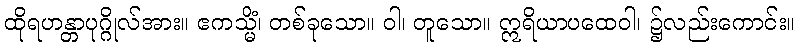
ထိုရဟန္တာပုဂ္ဂိုလ်အား။ ဧကသ္မိံ၊ တစ်ခုသော။ ဝါ၊ တူသော။ ဣရိယာပထေဝါ၊ ၌လည်းကောင်း။